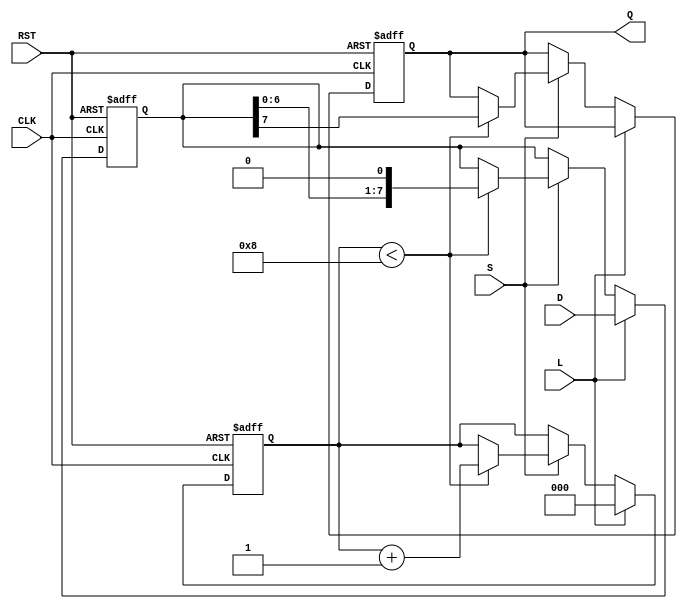
module PISO_Register (
    input wire [7:0] D,      // 8-bit parallel data input
    input wire L,            // Load control signal
    input wire S,            // Shift control signal
    input wire CLK,          // Clock signal
    input wire RST,          // Asynchronous reset signal
    output reg Q             // Serial output
);

    reg [7:0] shift_reg;     // Internal 8-bit shift register
    reg [2:0] bit_count;     // Counter for the number of bits shifted out

    always @(posedge CLK or posedge RST) begin
        if (RST) begin
            // Asynchronous reset
            shift_reg <= 8'b0;
            Q <= 1'b0;
            bit_count <= 3'b0;
        end else begin
            if (L) begin
                // Load operation
                shift_reg <= D; // Load data into the shift register
                bit_count <= 3'b0; // Reset bit counter
            end else if (S) begin
                // Shift operation
                if (bit_count < 8) begin
                    Q <= shift_reg[7]; // Output the MSB
                    shift_reg <= {shift_reg[6:0], 1'b0}; // Shift left and fill LSB with 0
                    bit_count <= bit_count + 1; // Increment bit counter
                end
            end
        end
    end

endmodule